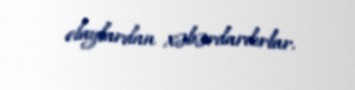
olaylardan xəbərdardırlar.